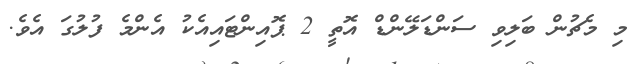
މި މެޗުން ބަލިވި ސަންޑަލޭންޑް އޮތީ 2 ޕޮއިންޓައިއެކު އެންމެ ފުލުގަ އެވެ.